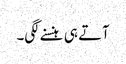
آتے ہی ہنسنے لگی۔